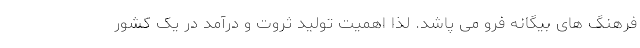
فرهنگ های بیگانه فرو می پاشد. لذا اهمیت تولید ثروت و درآمد در یک کشور